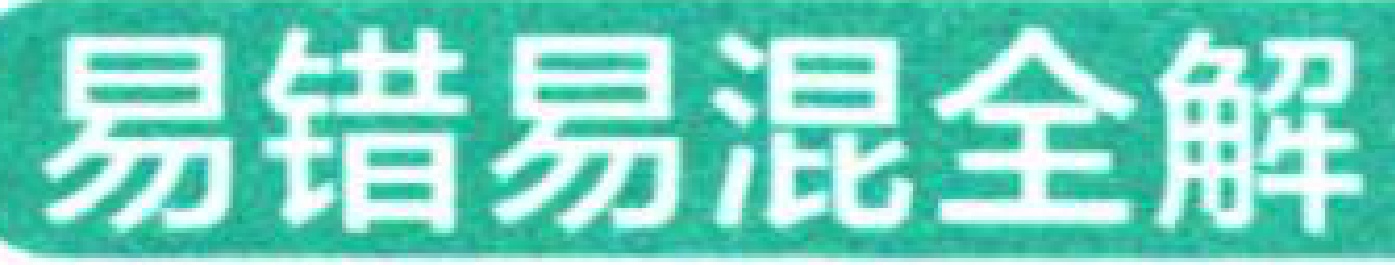
易错易混全解